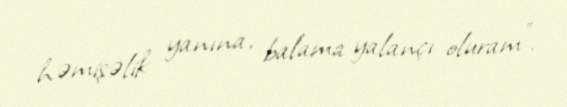
həmişəlik yanına, balama yalançı oluram”.